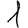
Digit: 1